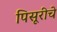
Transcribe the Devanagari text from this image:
पिसूरीचे